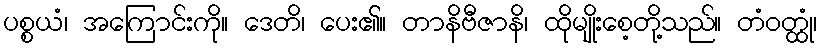
ပစ္စယံ၊ အကြောင်းကို။ ဒေတိ၊ ပေး၏။ တာနိဗီဇာနိ၊ ထိုမျိုးစေ့တို့သည်။ တံဝတ္ထုံ၊